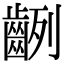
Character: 𪗿